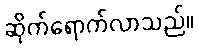
ဆိုက်ရောက်လာသည်။